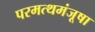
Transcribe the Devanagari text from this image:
परमत्थमंजूषा